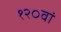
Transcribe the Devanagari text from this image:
१२०वां